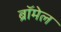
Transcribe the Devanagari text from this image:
ब्रॉमेल